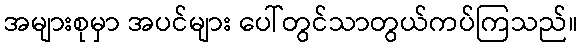
အများစုမှာ အပင်များ ပေါ်တွင်သာတွယ်ကပ်ကြသည်။